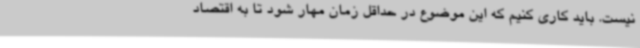
نیست. باید کاری کنیم که این موضوع در حداقل زمان مهار شود تا به اقتصاد